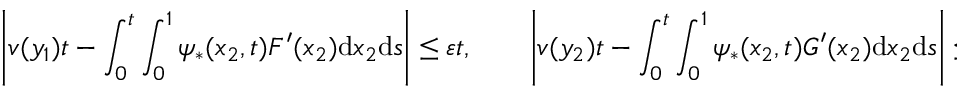
\left| v ( y _ { 1 } ) t - \int _ { 0 } ^ { t } \int _ { 0 } ^ { 1 } \psi _ { * } ( x _ { 2 } , t ) F ^ { \prime } ( x _ { 2 } ) \mathrm { d } x _ { 2 } \mathrm { d } s \right| \leq \varepsilon t , \qquad \left| v ( y _ { 2 } ) t - \int _ { 0 } ^ { t } \int _ { 0 } ^ { 1 } \psi _ { * } ( x _ { 2 } , t ) G ^ { \prime } ( x _ { 2 } ) \mathrm { d } x _ { 2 } \mathrm { d } s \right| \leq \varepsilon t ,